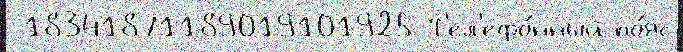
 18341871189019101925 Т'ел'ефо́нный по́яс